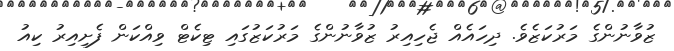
ޒުވާނުންގެ މަރުކަޒެވެ. ދިހައެއް ޖެހިއިރު ޒުވާނުންގެ މަރުކަޒުގައި ޓިކެޓް ވިއްކަން ފެށިއިރު ކިއު